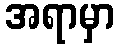
အရာမှာ